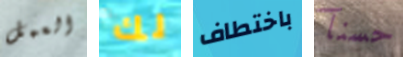
العمل لك باختطاف حسنآ